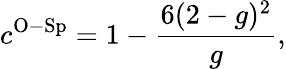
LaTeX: c^{\mathrm{O-Sp}}=1-\frac{6(2-g)^{2}}{g},